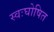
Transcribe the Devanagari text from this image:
स्वःघोषित